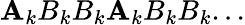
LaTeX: \mathbf{A}_{k}B_{k}B_{k}\mathbf{A}_{k}B_{k}B_{k}...